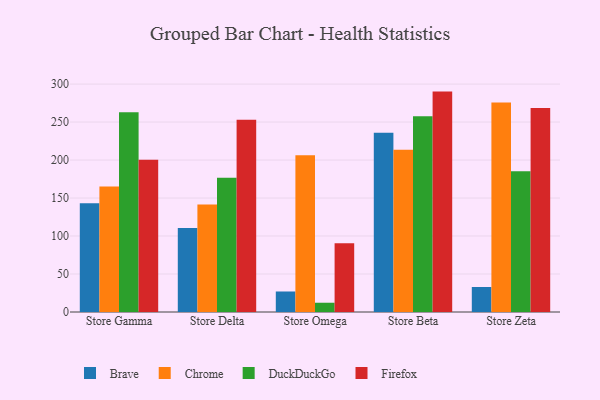
{"axis": {"x": "Store", "y": "Inventory Turnover"}, "legend": ["Brave", "Chrome", "DuckDuckGo", "Firefox"], "data": [{"x": "Store Gamma", "y": 143.3, "type": "Brave"}, {"x": "Store Gamma", "y": 165.3, "type": "Chrome"}, {"x": "Store Gamma", "y": 263.0, "type": "DuckDuckGo"}, {"x": "Store Gamma", "y": 200.3, "type": "Firefox"}, {"x": "Store Delta", "y": 110.7, "type": "Brave"}, {"x": "Store Delta", "y": 141.4, "type": "Chrome"}, {"x": "Store Delta", "y": 176.8, "type": "DuckDuckGo"}, {"x": "Store Delta", "y": 252.9, "type": "Firefox"}, {"x": "Store Omega", "y": 27.0, "type": "Brave"}, {"x": "Store Omega", "y": 206.3, "type": "Chrome"}, {"x": "Store Omega", "y": 12.2, "type": "DuckDuckGo"}, {"x": "Store Omega", "y": 90.4, "type": "Firefox"}, {"x": "Store Beta", "y": 236.0, "type": "Brave"}, {"x": "Store Beta", "y": 213.6, "type": "Chrome"}, {"x": "Store Beta", "y": 257.7, "type": "DuckDuckGo"}, {"x": "Store Beta", "y": 290.1, "type": "Firefox"}, {"x": "Store Zeta", "y": 32.9, "type": "Brave"}, {"x": "Store Zeta", "y": 275.6, "type": "Chrome"}, {"x": "Store Zeta", "y": 185.3, "type": "DuckDuckGo"}, {"x": "Store Zeta", "y": 268.5, "type": "Firefox"}]}